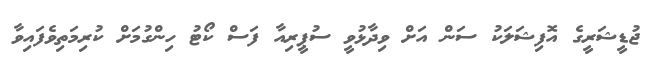
ޖުޑީޝަރީގެ އޮފިޝަލަކު ސަން އަށް ވިދާޅުވީ ސުޕީރިއާ ފަސް ކޯޓު ހިންގުމަށް ކުރިމަތިވެފައިވާ